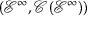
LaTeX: ( { \mathcal { E } } ^ { \infty } , { \mathcal { C } } ( { \mathcal { E } } ^ { \infty } ) )